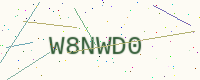
Text: W8NWD0